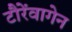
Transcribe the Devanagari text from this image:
टौरेंवागेन